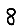
Digit: 8